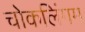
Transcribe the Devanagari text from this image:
चोकलिंगम